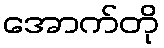
အောက်တို